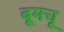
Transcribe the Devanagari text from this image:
बूमचू